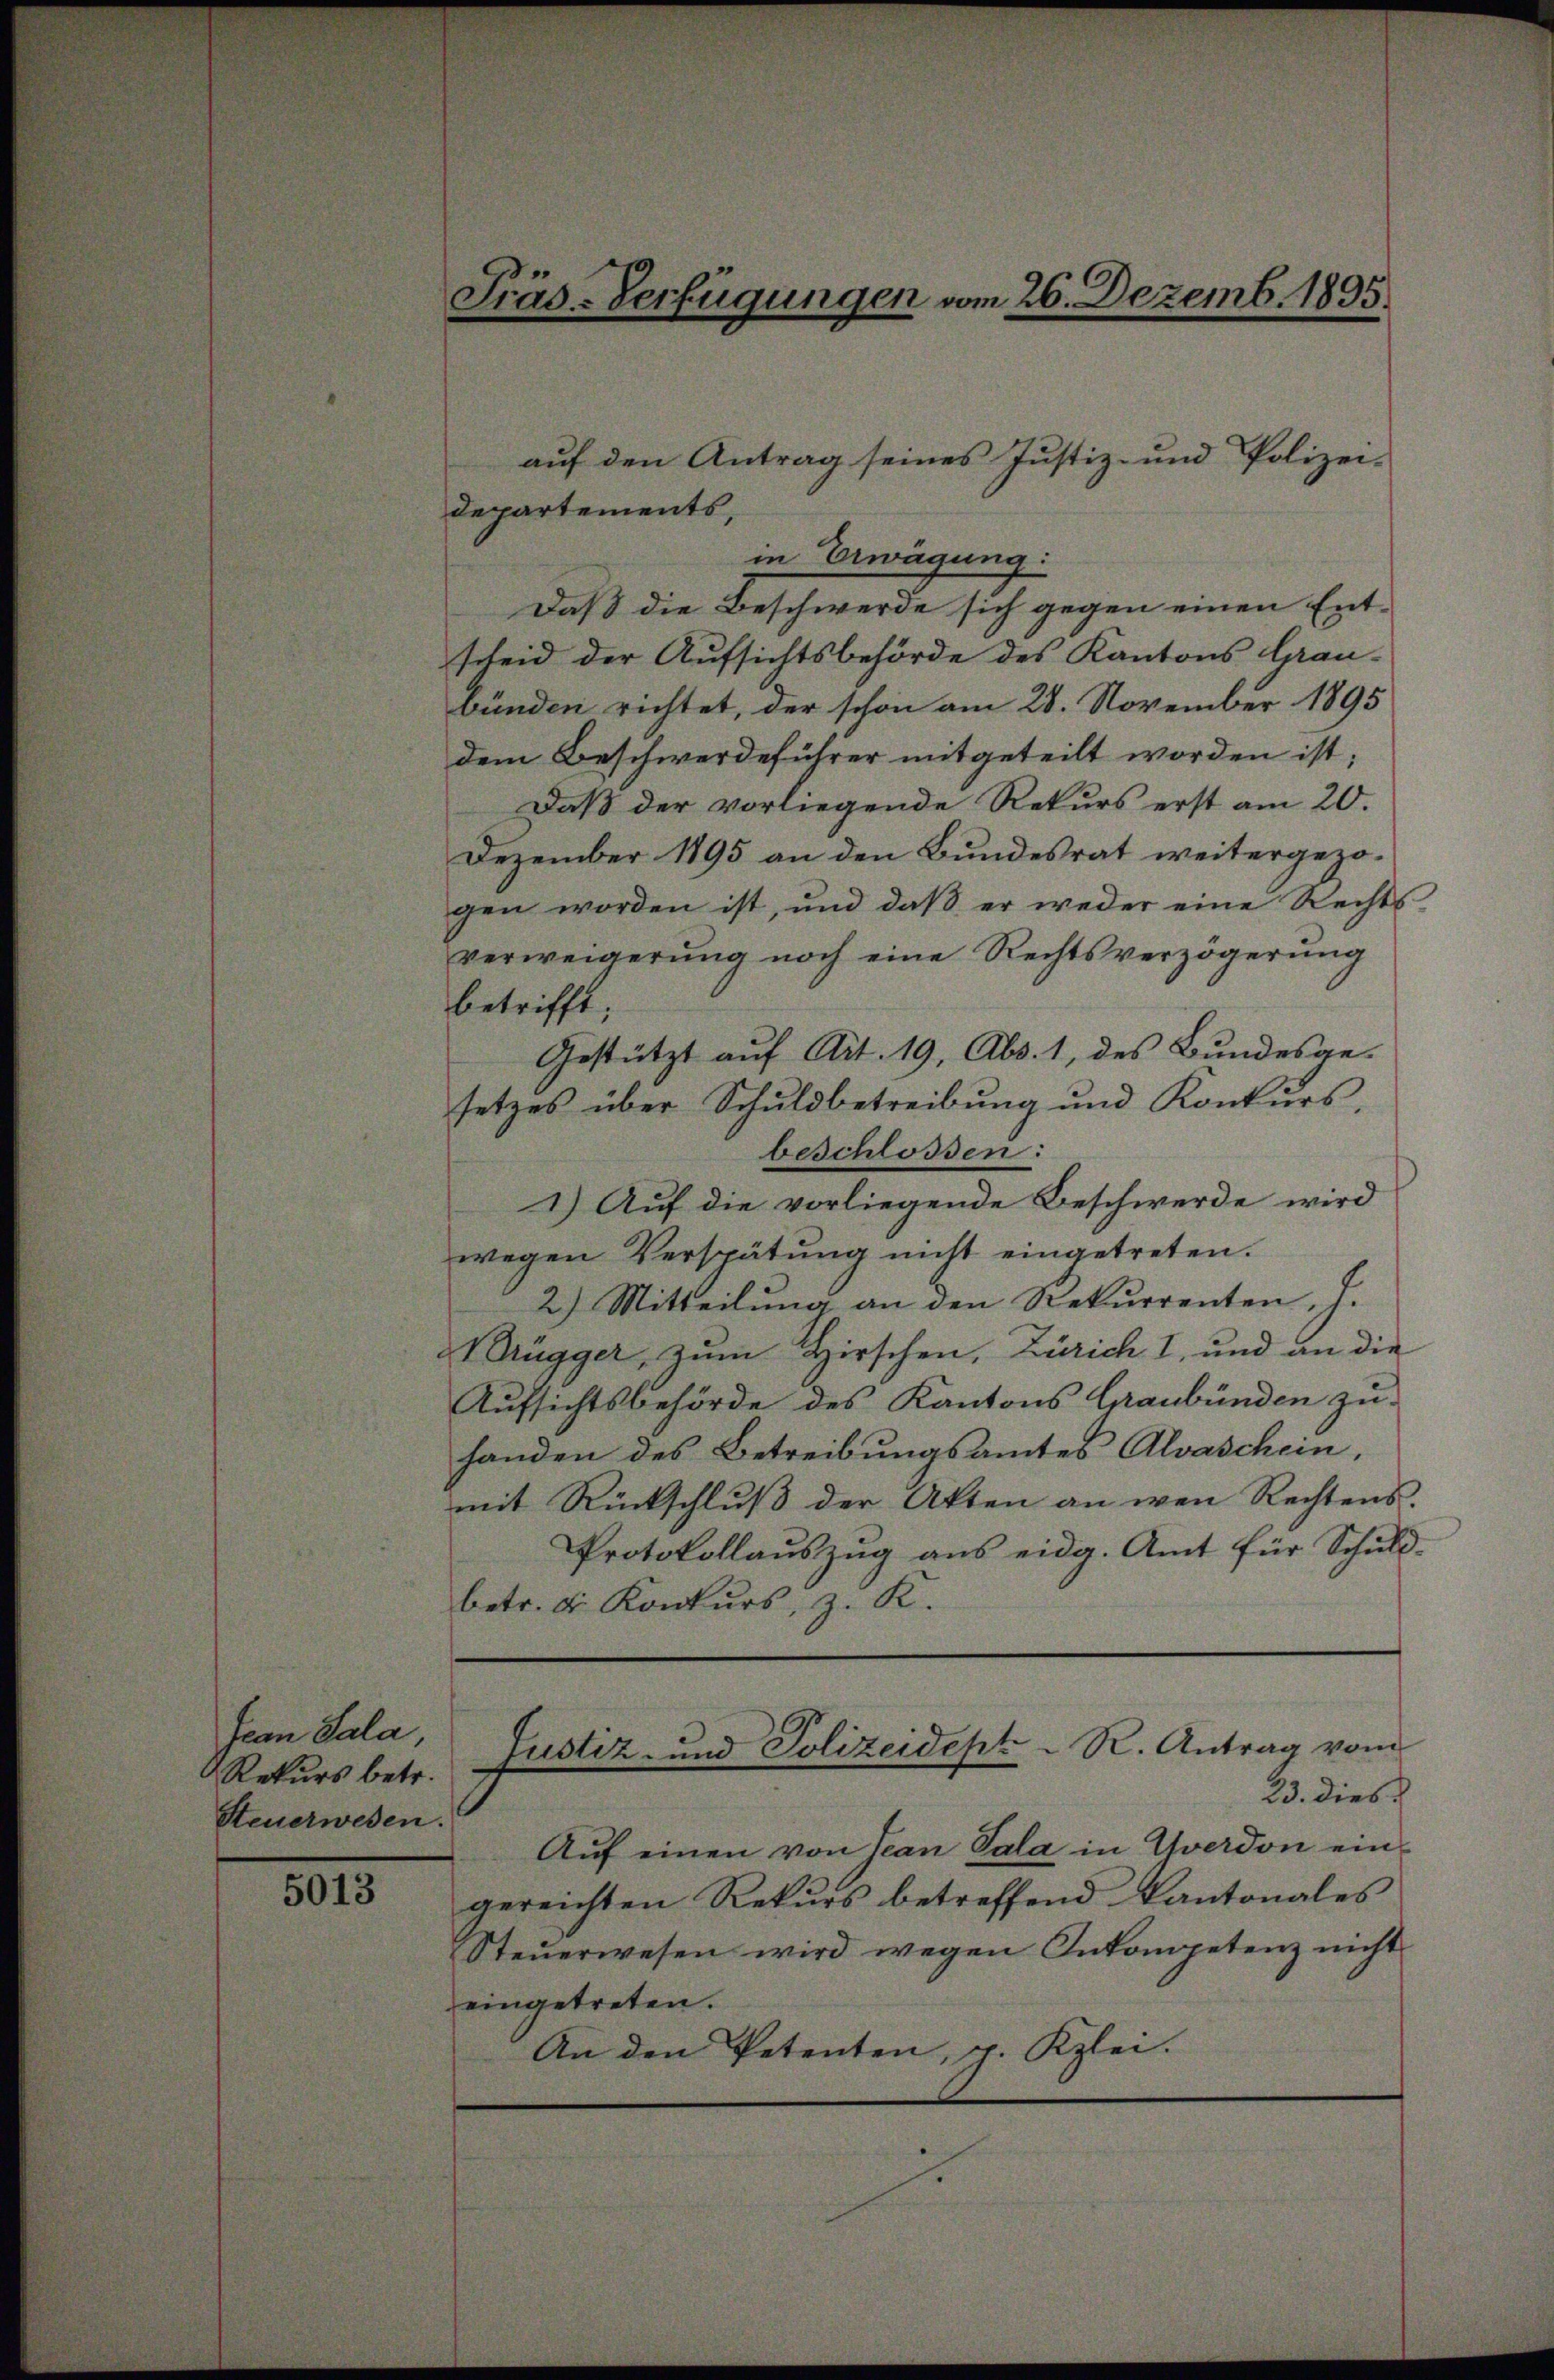
Jean Sala,
Rekurs betr.
Steuerwesen.

5013

Fräs-Verfügungen vom 26. Dezemb. 1895.

auf den Antrag seines Justiz- und Polizei-
departements,
in Erwägung:
Daß die Beschwerde sich gegen einen Ent-
scheid der Aufsichtsbehörde des Kantons Grau-
bünden richtet, der schon am 28. November 1895
dem Beschwerdeführer mitgeteilt worden ist;
Daß der vorliegende Rekurs erst am 20.
Dezember 1895 an den Bundesrat weitergezogen worden ist, und daβ er weder eine Rechts-
verweigerŭng noch eine Rechtsverzögerŭng
betrifft;
Gestützt auf Art. 19, Abs. 1, des Bundesgesetzes über Schuldbetreibung und Konkurs,
beschlossen:
1.) Auf die vorliegende Beschwerde wird
wegen Verspätung nicht eingetreten.
2.) Mitteilung an den Rekurrenten, J.
Brügger, zum Hirschen, Zürich I, und an die
Aufsichtsbehörde des Kantons Graubünden zu-
handen des Betreibungsamtes Alvaschein,
mit Rückschlŭβ der Akten an wen Rechtens.
Protokollauszug aus eidg. Amt für Schuldbetr. d. Konkurs, z. K.
Justiz- und Polizeidept. R. Antrag vom
23. dies
Aŭf einen von Tean Pala in Uverdon eingereichten Rekŭrs betreffend Kantonales
Steuerwesen wird wegen Inkompetenz nicht
eingetreten.
An den Petenten, u. Kzlei.